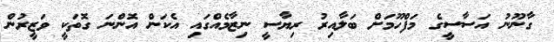
ގާނޫނު އަސާސީގެ މަފްހޫމަށް ބަލާއިރު ރިޔާސީ ނިޒާމެއްގައި އެކަން އޮންނަ ގޮތަކީ ވަޒީރުން